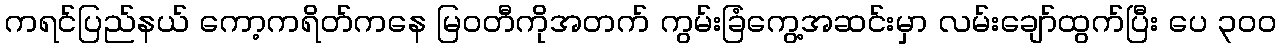
ကရင်ပြည်နယ် ကော့ကရိတ်ကနေ မြဝတီကိုအတက် ကွမ်းခြံကွေ့အဆင်းမှာ လမ်းချော်ထွက်ပြီး ပေ ၃၀၀